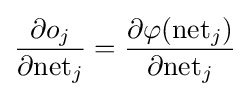
{\frac {\partial o_{j}}{\partial {\text{net}}_{j}}}={\frac {\partial \varphi ({\text{net}}_{j})}{\partial {\text{net}}_{j}}}